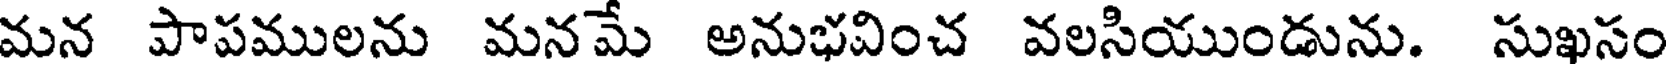
మన పాపములను మనమే అనుభవించ వలసియుండును. సుఖసం